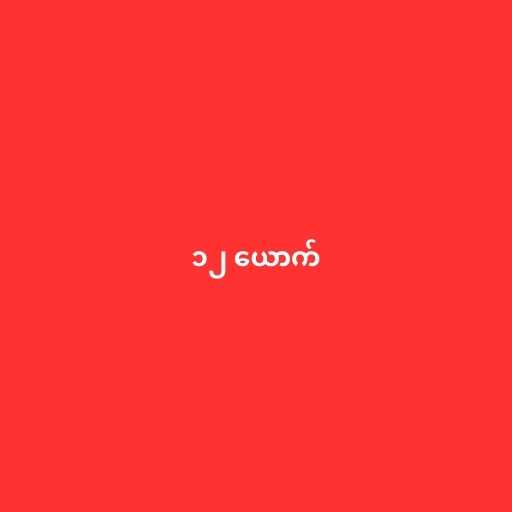
၁၂ ယောက်